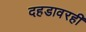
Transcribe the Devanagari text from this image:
दहडावरही